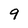
Character: 9